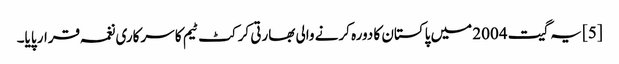
[5] یہ گیت 2004 میں پاکستان کا دورہ کرنے والی بھارتی کرکٹ ٹیم کا سرکاری نغمہ قرار پایا۔